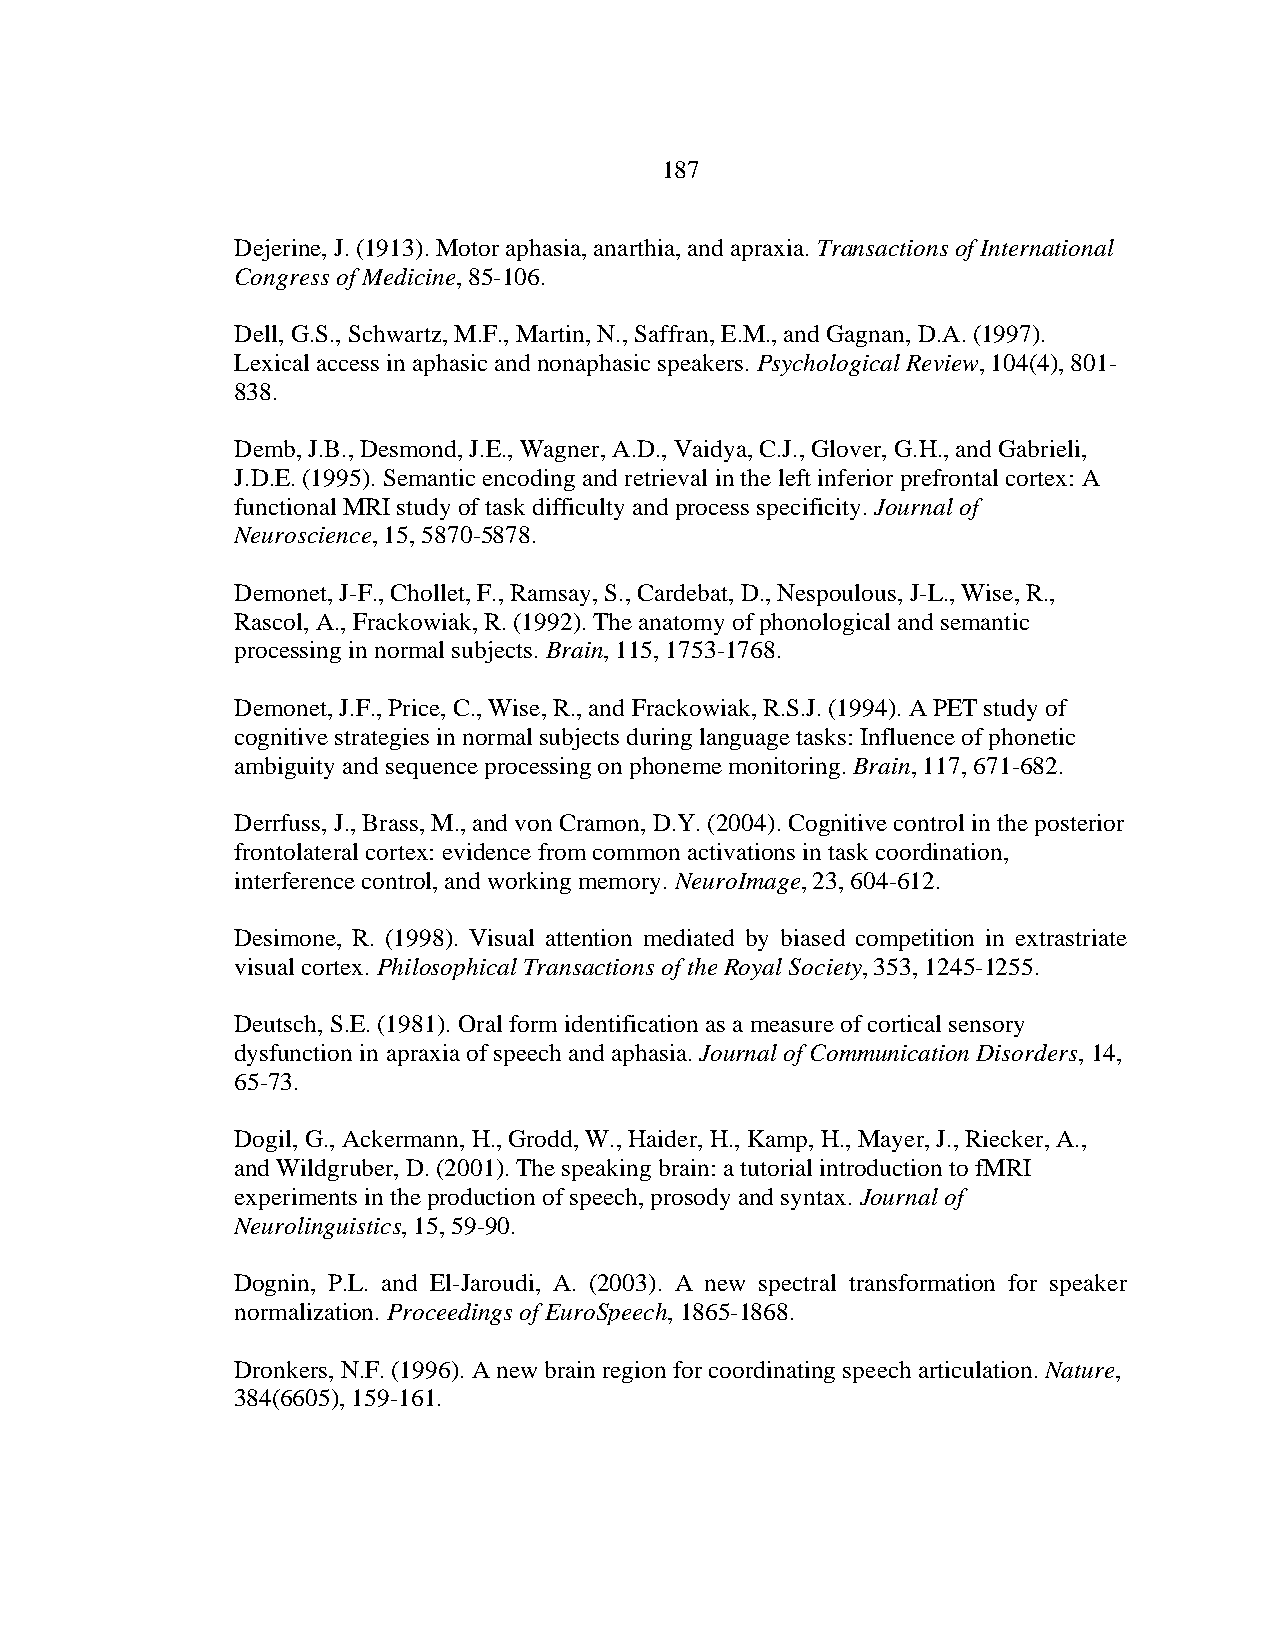
187
 Dejerine, J. (1913). Motor aphasia, anarthia, and apraxia. Transactions of International
 Congress of Medicine, 85-106.
 Dell, G.S., Schwartz, M.F., Martin, N., Saffran, E.M., and Gagnan, D.A. (1997).
 Lexical access in aphasic and nonaphasic speakers. Psychological Review, 104(4), 801-
 838.
 Demb, J.B., Desmond, J.E., Wagner, A.D., Vaidya, C.J., Glover, G.H., and Gabrieli,
 J.D.E. (1995). Semantic encoding and retrieval in the left inferior prefrontal cortex: A
 functional MRI study of task difficulty and process specificity. Journal of
 Neuroscience, 15, 5870-5878.
 Demonet, J-F., Chollet, F., Ramsay, S., Cardebat, D., Nespoulous, J-L., Wise, R.,
 Rascol, A., Frackowiak, R. (1992). The anatomy of phonological and semantic
 processing in normal subjects. Brain, 115, 1753-1768.
 Demonet, J.F., Price, C., Wise, R., and Frackowiak, R.S.J. (1994). A PET study of
 cognitive strategies in normal subjects during language tasks: Influence of phonetic
 ambiguity and sequence processing on phoneme monitoring. Brain, 117, 671-682.
 Derrfuss, J., Brass, M., and von Cramon, D.Y. (2004). Cognitive control in the posterior
 frontolateral cortex: evidence from common activations in task coordination,
 interference control, and working memory. NeuroImage, 23, 604-612.
 Desimone, R. (1998). Visual attention mediated by biased competition in extrastriate
 visual cortex. Philosophical Transactions of the Royal Society, 353, 1245-1255.
 Deutsch, S.E. (1981). Oral form identification as a measure of cortical sensory
 dysfunction in apraxia of speech and aphasia. Journal of Communication Disorders, 14,
 65-73.
 Dogil, G., Ackermann, H., Grodd, W., Haider, H., Kamp, H., Mayer, J., Riecker, A.,
 and Wildgruber, D. (2001). The speaking brain: a tutorial introduction to fMRI
 experiments in the production of speech, prosody and syntax. Journal of
 Neurolinguistics, 15, 59-90.
 Dognin, P.L. and El-Jaroudi, A. (2003). A new spectral transformation for speaker
 normalization. Proceedings of EuroSpeech, 1865-1868.
 Dronkers, N.F. (1996). A new brain region for coordinating speech articulation. Nature,
 384(6605), 159-161.